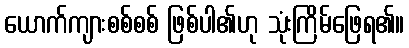
ယောက်ကျားစစ်စစ် ဖြစ်ပါ၏ဟု သုံးကြိမ်ဖြေရ၏။